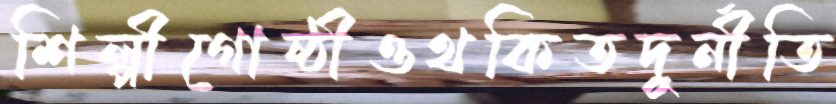
শিল্পীগোষ্ঠীওথকিতদুর্নীতি